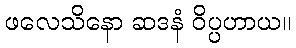
ဖလေသိနော ဆဒနံ ဝိပ္ပဟာယ။